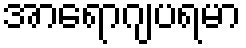
အာရောဂျပရမာ